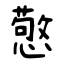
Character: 憼